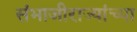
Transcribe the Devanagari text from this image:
संभाजीराज्यांच्या